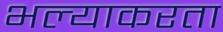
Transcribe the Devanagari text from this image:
भल्याकरता